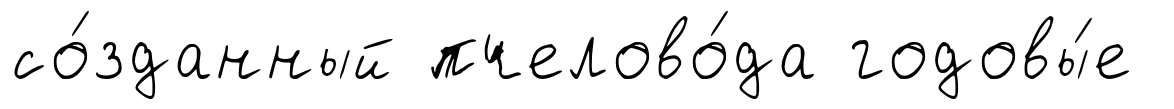
со́зданный пчелово́да годовы́е